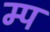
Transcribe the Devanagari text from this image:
म्प